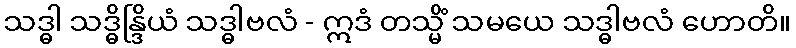
သဒ္ဓါ သဒ္ဓိန္ဒြိယံ သဒ္ဓါဗလံ - ဣဒံ တသ္မိံ သမယေ သဒ္ဓါဗလံ ဟောတိ။